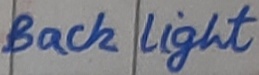
Text: Back Light